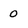
Character: 0